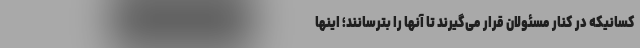
کسانیکه در کنار مسئولان قرار می‌گیرند تا آنها را بترسانند؛ اینها